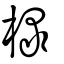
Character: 椂